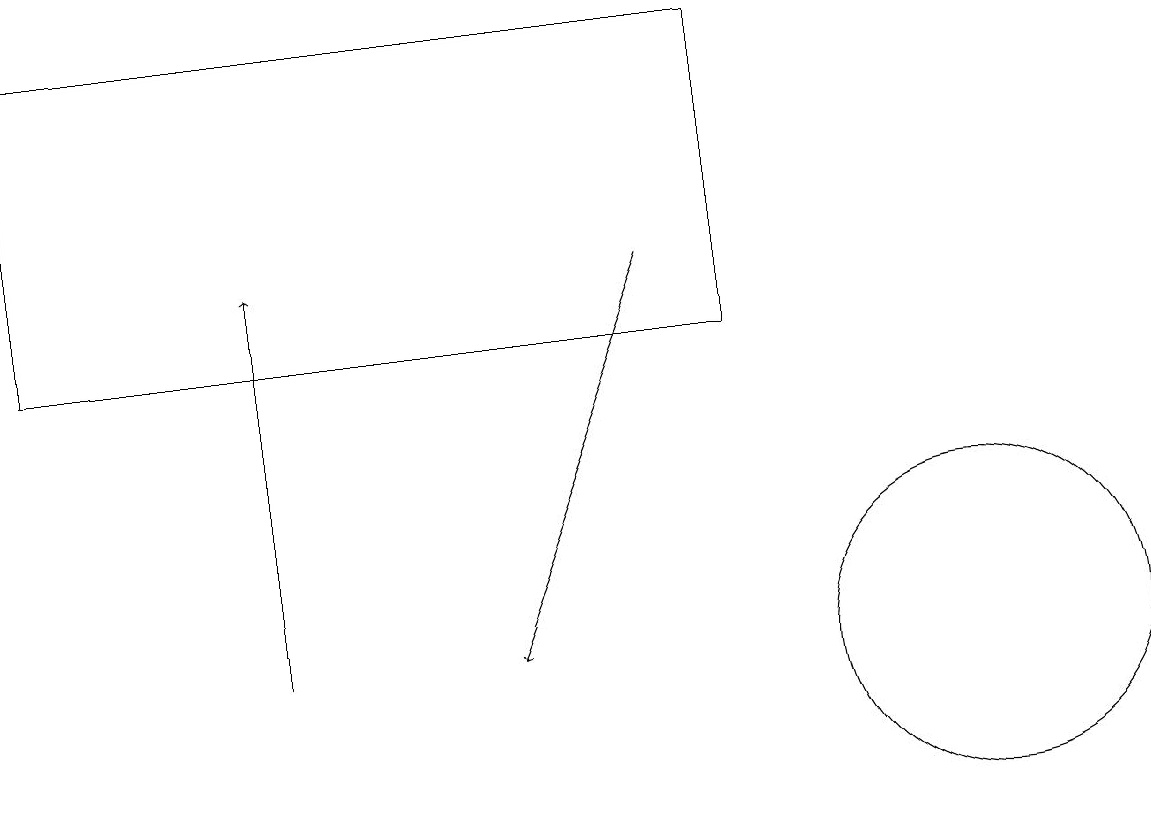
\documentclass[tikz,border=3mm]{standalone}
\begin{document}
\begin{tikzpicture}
\draw[->] (3,11) -- (3,16);
\draw (9,19) rectangle (0,15);
\draw (12,11) circle (2);
\draw[->] (8,16) -- (6,11);
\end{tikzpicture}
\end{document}